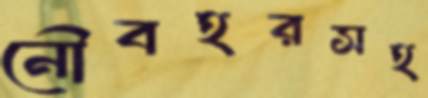
নৌবহরসহ